Mental hospitals Bombay report 1921-28 - 1921-1928
Year: 1921
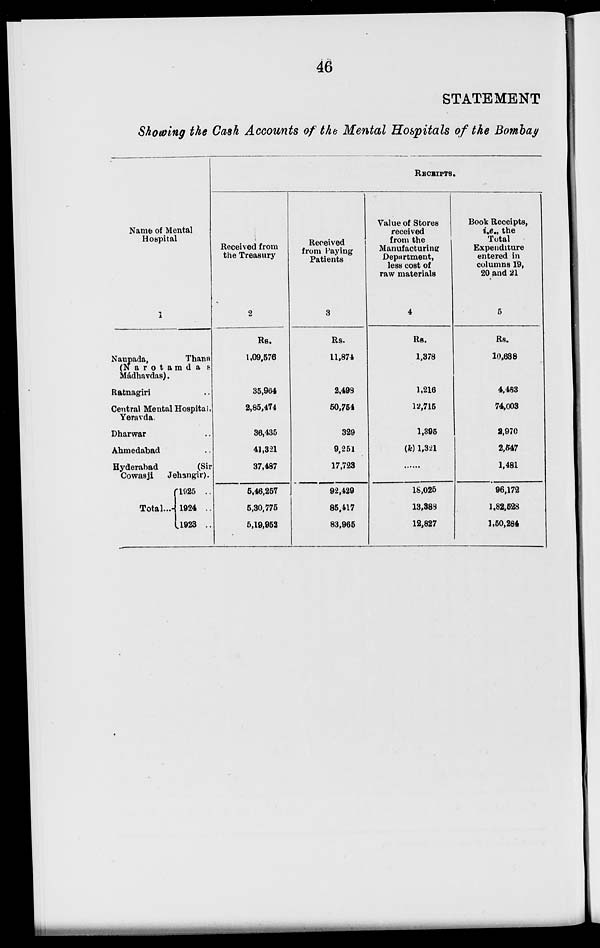
46
STATEMENT
Showing the Cash Accounts of the Mental Hospitals of the Bombay
Name of Mental
Hospital
1
Naupada,
Thana
(Narotamdas
Mádhavdas).
Ratnagiri ..
Central Mental Hospital,
Yeravda.
Dharwar ..
Ahmedabad ..
Hyderabad
(Sir
Cowasji
Jehangir).
Total...
1925 ..
1924 ..
1923 ..
RECEIPTS.
Received from
the Treasury
2
Rs.
1,09,576
35,964
2,85,474
36,435
41,321
37,487
5,46,257
5,30,775
5,19,952
Received
from Paying
Patients
3
Rs.
11,874
2,498
50,754
329
9,251
17,723
92,429
85,417
83,965
Value of Stores
received
from the
Manufacturing
Department,
less cost of
raw materials
4
Rs.
1,378
1,216
12,715
1,395
(k) 1,321
......
18,025
13,388
12,827
Book Receipts,
i.e., the
Total
Expenditure
entered in
columns 19,
20 and 21
5
Rs.
10,688
4,483
74,003
9,970
2,547
1,481
96,172
1,82,528
1,50,284